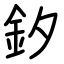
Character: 釸